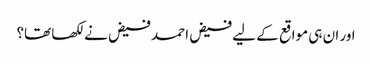
اور ان ہی مواقع کے لیے فیض احمد فیض نے لکھا تھا؟